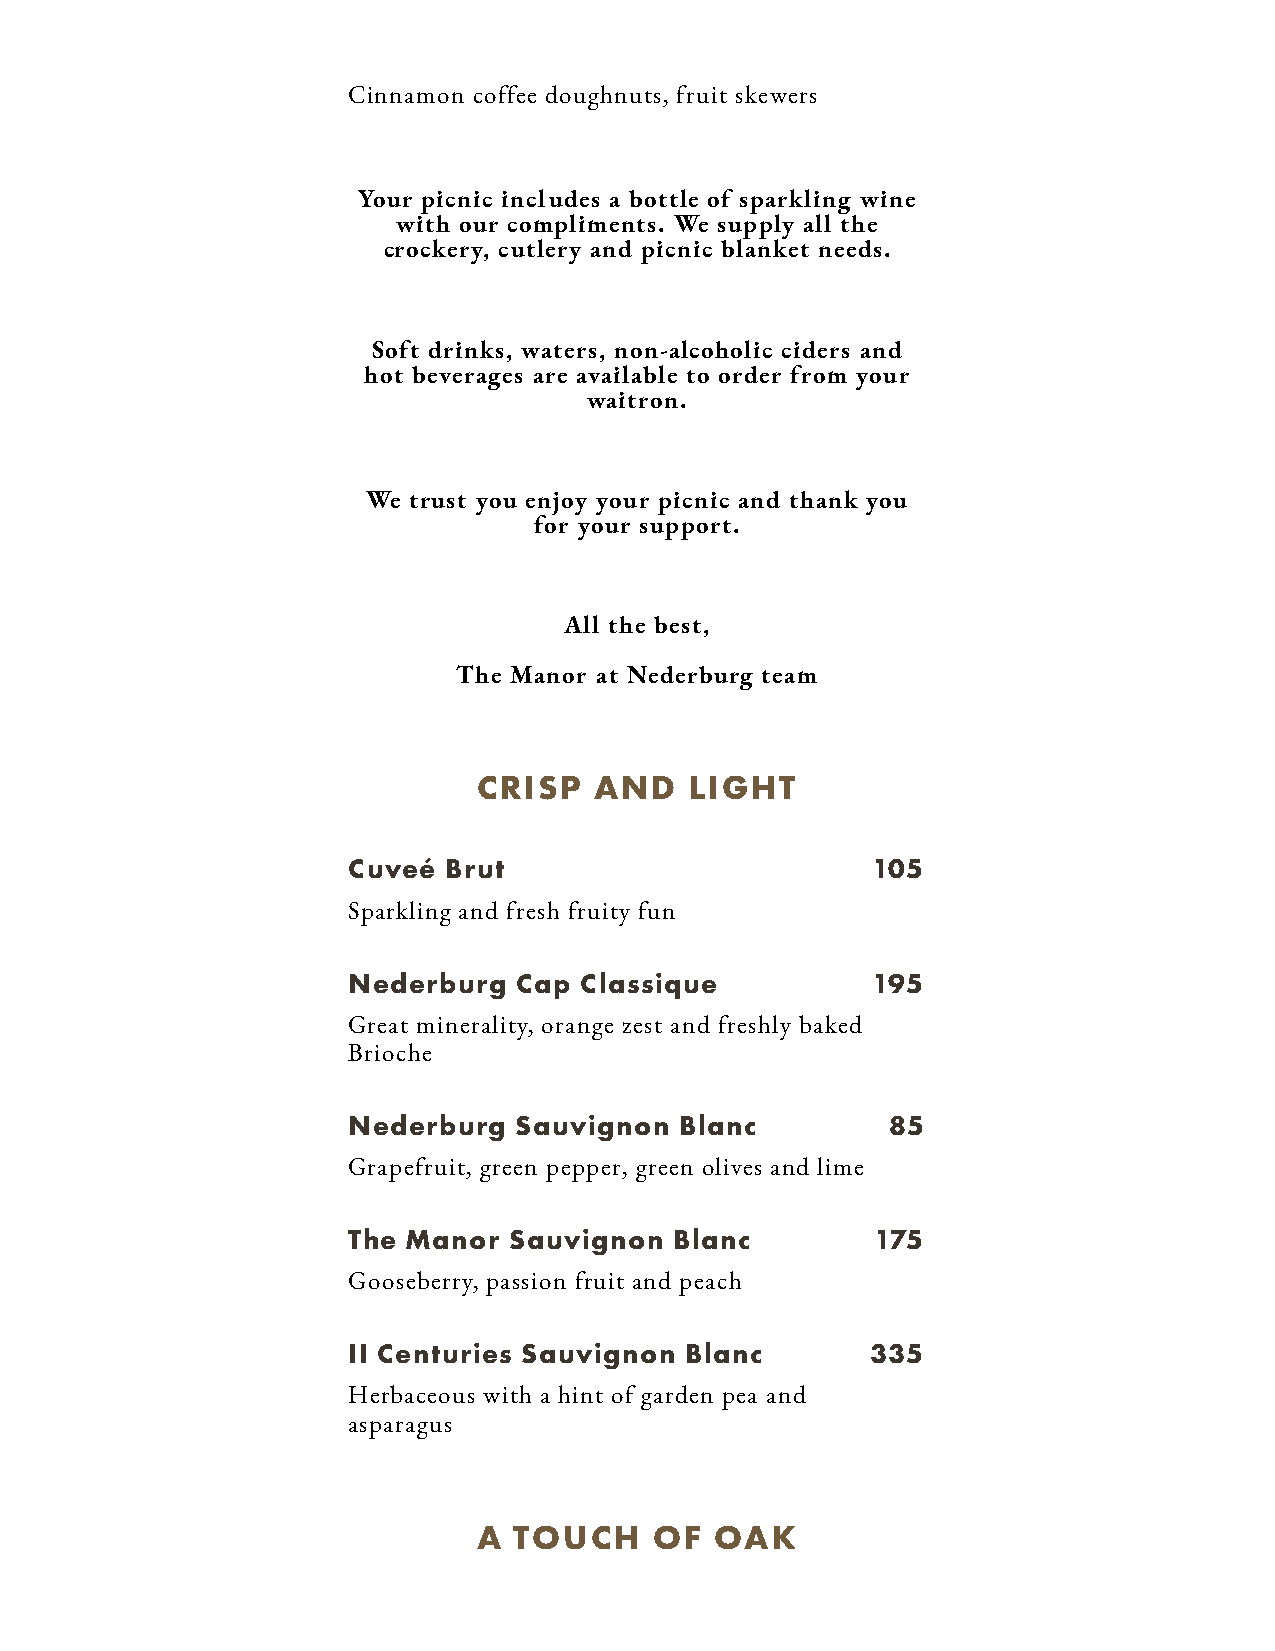
Cinnamon coffee doughnuts, fruit skewers
 Your picnic includes a bottle of sparkling wine
 with our compliments. We supply all the
 crockery, cutlery and picnic blanket needs.
 Soft drinks, waters, non-alcoholic ciders and
 hot beverages are available to order from your
 waitron.
 We trust you enjoy your picnic and thank you
 for your support.
 All the best,
 The Manor at Nederburg team
 CRISP  AND    LIGHT
 Cuveé Brut                         105
 Sparkling and fresh fruity fun
 Nederburg  Cap Classique           195
 Great minerality, orange zest and freshly baked
 Brioche
 Nederburg  Sauvignon  Blanc         85
 Grapefruit, green pepper, green olives and lime
 The Manor  Sauvignon  Blanc        175
 Gooseberry, passion fruit and peach
 II Centuries Sauvignon Blanc       335
 Herbaceous with a hint of garden pea and
 asparagus
 A TOUCH    OF  OAK